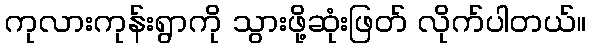
ကုလားကုန်းရွာကို သွားဖို့ဆုံးဖြတ် လိုက်ပါတယ်။